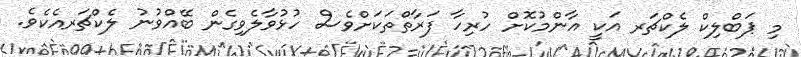
މި ޕަބްލިކް ލެކްޗަރ އަކީ އާންމުކޮށް ހުރިހާ ފަރާތްތަކަށްވެސް ހުޅުވާލެވިގެން ބޭއްވުނު ލެކްޗަރއެކެވެ.